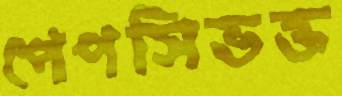
পেপসিভক্ত